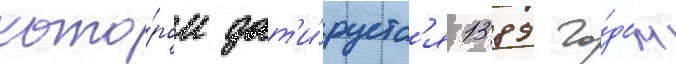
кото́ром дат'и́руетс'я 1389 го́дом